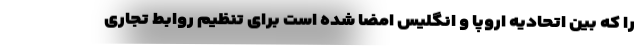
را که بین اتحادیه اروپا و انگلیس امضا شده است برای تنظیم روابط تجاری